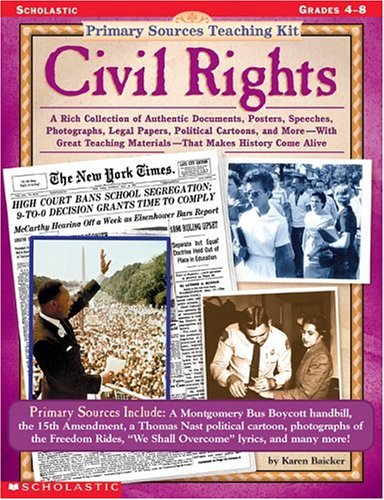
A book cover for Civil Rights (Primary Sources Teaching Kit, Grades 4-8); Karen Baicker; Teen & Young Adult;